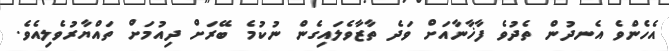
އެހެންވެ އެނދުން ތެދުވެ ފާޚާނާއަށް ވަދެ ތާޒާވެލައިގެން ނުކުމެ ބޭރަށް ދިއުމަށް ތައްޔާރުވެލިއެވެ.